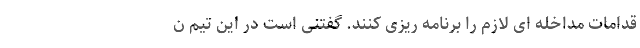
قدامات مداخله ای لازم را برنامه ریزی کنند. گفتنی است در این تیم ن